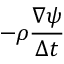
- \rho \frac { \nabla \psi } { \Delta t }